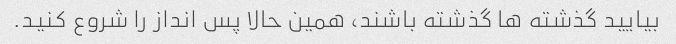
بیایید گذشته ها گذشته باشند، همین حالا پس انداز را شروع کنید.